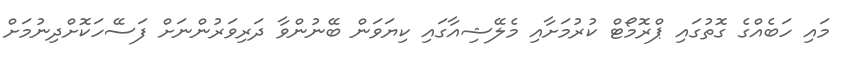
މައި ހަބެއްގެ ގޮތުގައި ޕްރޮމޯޓް ކުރުމަށާއި މެލޭޝިއާގައި ކިޔަވަން ބޭނުންވާ ދަރިވަރުންނަށް ފަސޭހަކޮށްދިނުމަށް